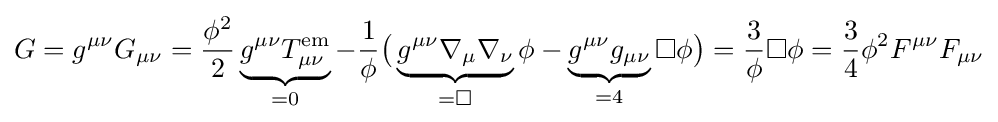
G=g^{\mu \nu }G_{\mu \nu }={\frac {\phi ^{2}}{2}}\underbrace {g^{\mu \nu }T_{\mu \nu }^{\mathrm {em} }} _{=0}-{\frac {1}{\phi }}{\big (}\underbrace {g^{\mu \nu }\nabla _{\mu }\nabla _{\nu }} _{=\square }\phi -\underbrace {g^{\mu \nu }g_{\mu \nu }} _{=4}\square \phi {\big )}={\frac {3}{\phi }}\square \phi ={\frac {3}{4}}\phi ^{2}F^{\mu \nu }F_{\mu \nu }